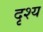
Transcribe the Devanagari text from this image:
दृश्‍य